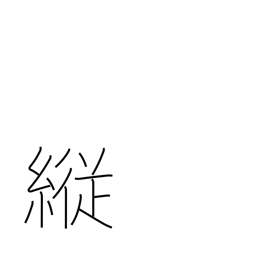
Meaning: self-indulgent